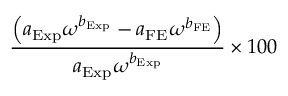
\displaystyle \frac { \left( a _ { \mathrm { E x p } } \omega ^ { b _ { \mathrm { E x p } } } - a _ { \mathrm { F E } } \omega ^ { b _ { \mathrm { F E } } } \right) } { a _ { \mathrm { E x p } } \omega ^ { b _ { \mathrm { E x p } } } } \times 1 0 0